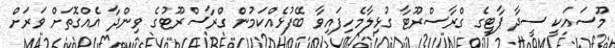
މޫސައަކީ ސީދާ ޕާޓީގެ ގްރާސްރޫޓާ ގުޅިލާމެހިފައިވާ ބޭފުޅެއްކަމުން ގްރާސްރޫޓުގެ ވިންދާ އެއްގޮތަށް ވަރަށް